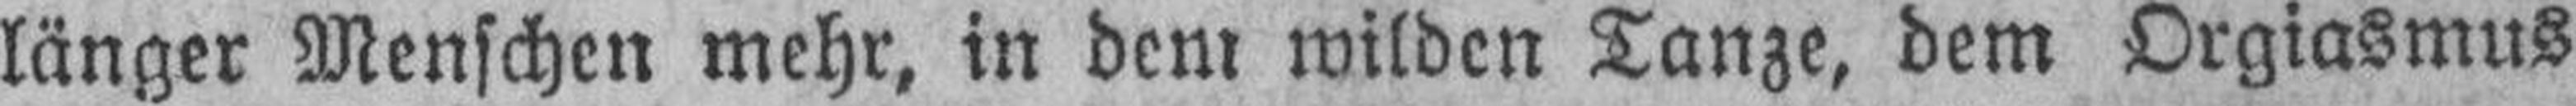
länger Menschen mehr, in dem wilden Tanze, dem Orgiasmus